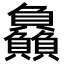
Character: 𮚰